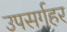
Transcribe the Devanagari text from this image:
उपसर्गहर